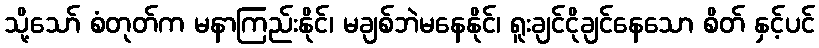
သို့သော် စံတုတ်က မနာကြည်းနိုင်၊ မချစ်ဘဲမနေနိုင်၊ ရူးချင်ငိုချင်နေသော စိတ် နှင့်ပင်